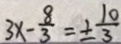
3 x - \frac { 8 } { 3 } = \pm \frac { 1 0 } { 3 }